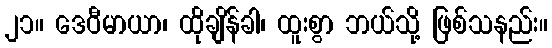
၂၁။ ဒေဝီမာယာ၊ ထိုချိန်ခါ၊ ထူးစွာ ဘယ်သို့ ဖြစ်သနည်း။